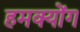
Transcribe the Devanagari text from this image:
हमक्योंग